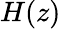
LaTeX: H(z)